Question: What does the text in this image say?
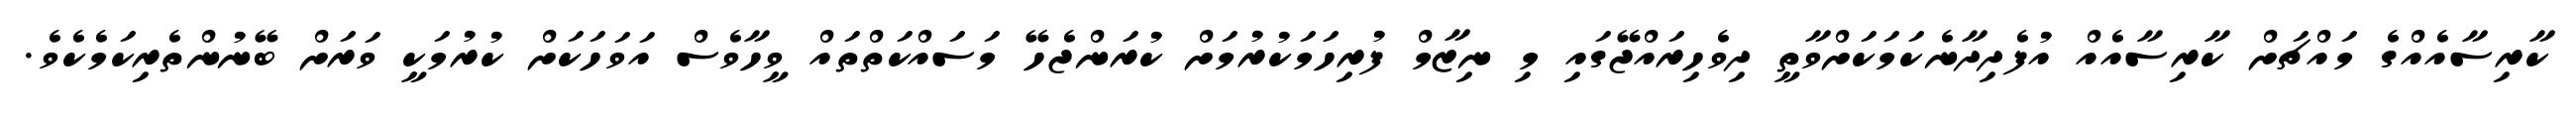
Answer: ކާރިސާއެއްގެ މައްޗަށް ކާރިސާއެއް އުފެދިދާނެކަމަކަށްވާތީ ދިވެހިރައްޖޭގައި މި ނިޒާމް ފުރިހަމަކުރުމަށް ކުރަންޖެހޭ މަސައްކަތްތައް ވީހާވެސް އަވަހަކަށް ކުރުމަކީ ވަރަށް ބޭނުންތެރިކަމެކެވެ.